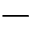
-